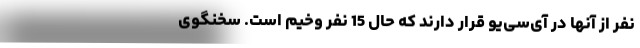
نفر از آنها در آی‌سی‌یو قرار دارند که حال 15 نفر وخیم است. سخنگوی